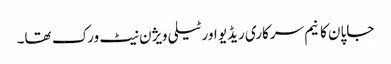
جاپان کا نیم سرکاری ریڈیو اور ٹیلی ویژن نیٹ ورک تھا۔